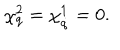
LaTeX: \chi _ { q } ^ { 2 } = \chi _ { \dot { q } } ^ { 1 } = 0 .